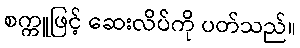
စက္ကူဖြင့် ဆေးလိပ်ကို ပတ်သည်။